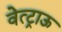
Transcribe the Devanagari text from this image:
वेत्ट्राऊ